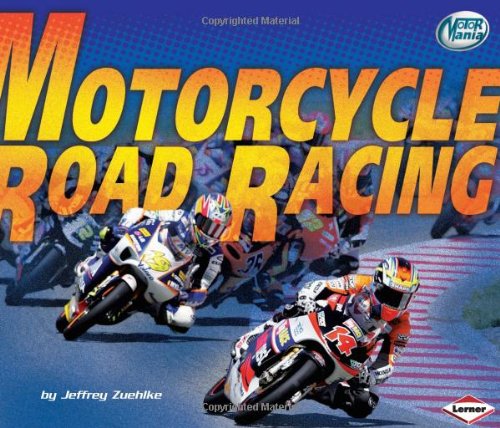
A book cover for Motorcycle Road Racing (Motor Mania); Jeffrey Zuehlke; Children's Books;